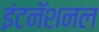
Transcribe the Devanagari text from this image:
इंटनॅशनल